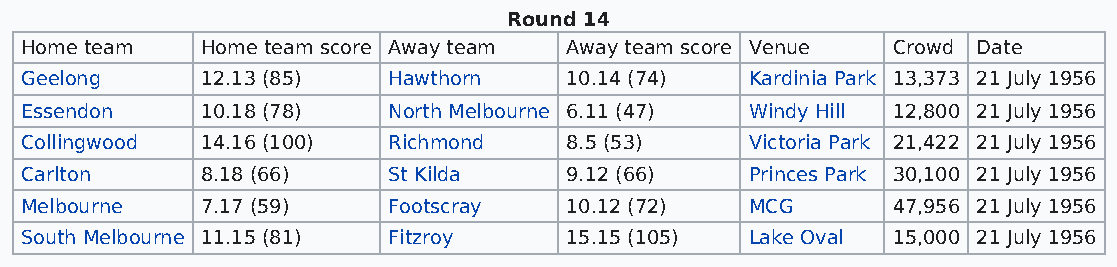
Round 14
 Home team   Home team score Away team Away team score Venue Crowd Date
 Geelong     12.13 (85)   Hawthorn   10.14 (74)   Kardinia Park 13,373 21 July 1956
 Essendon    10.18 (78)   North Melbourne 6.11 (47) Windy Hill 12,800 21 July 1956
 Collingwood 14.16 (100)  Richmond   8.5 (53)     Victoria Park 21,422 21 July 1956
 Carlton     8.18 (66)    St Kilda   9.12 (66)    Princes Park 30,100 21 July 1956
 Melbourne   7.17 (59)    Footscray  10.12 (72)   MCG      47,956 21 July 1956
 South Melbourne 11.15 (81) Fitzroy  15.15 (105)  Lake Oval 15,000 21 July 1956